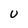
Character: U